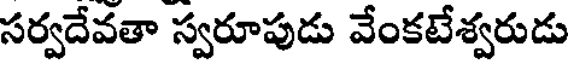
సర్వదేవతా స్వరూపుడు వేంకటేశ్వరుడు